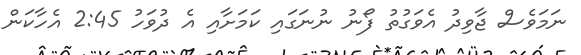
ނަމަވެސް ޖާވިދު އެވަގުތު ފޯނު ނުނަގައި ކަމަށާއި އެ ދުވަހު 2:45 އެހާކަން